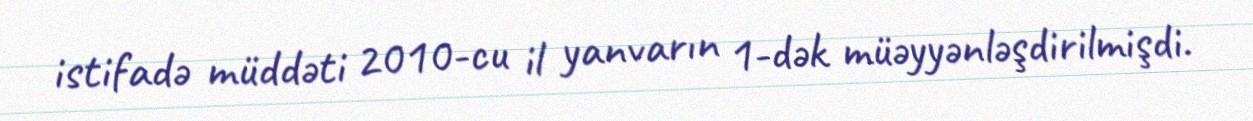
istifadə müddəti 2010-cu il yanvarın 1-dək müəyyənləşdirilmişdi.